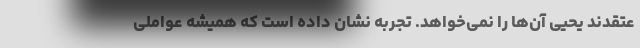
عتقدند یحیی آن‌ها را نمی‌خواهد. تجربه نشان داده است که همیشه عواملی